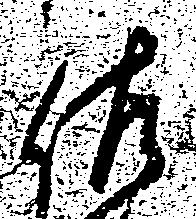
佐